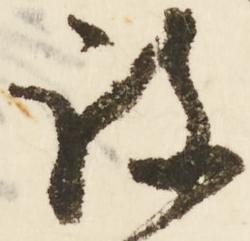
詩